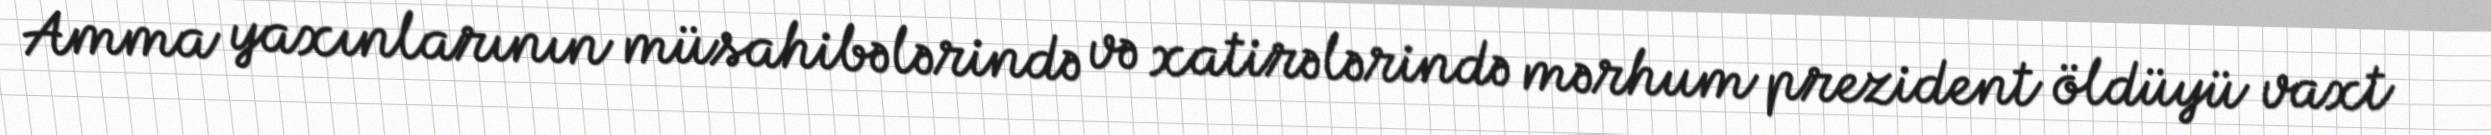
Amma yaxınlarının müsahibələrində və xatirələrində mərhum prezident öldüyü vaxt